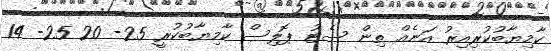
ކާމިޔާބުކުރިއިރު އަނެއް ތިން ސެޓު ޕޮލިސް ކާމިޔާބުކުރީ 25- 20 25- 14